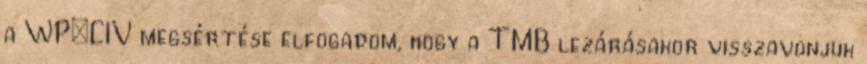
a WP:CIV megsértése elfogadom, hogy a TMB lezárásakor visszavonjuk